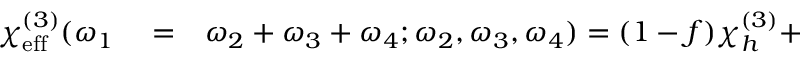
\begin{array} { r l r } { \chi _ { \mathrm { e f f } } ^ { ( 3 ) } ( \omega _ { 1 } } & { { } = } & { \omega _ { 2 } + \omega _ { 3 } + \omega _ { 4 } ; \omega _ { 2 } , \omega _ { 3 } , \omega _ { 4 } ) = ( 1 - f ) \chi _ { h } ^ { ( 3 ) } + } \end{array}